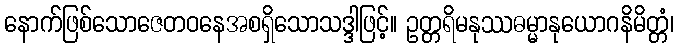
နောက်ဖြစ်သောဇေတဝနေအစရှိသောသဒ္ဒါဖြင့်။ ဥတ္တရိမနုဿဓမ္မာနုယောဂနိမိတ္တံ၊